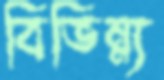
বিভিন্ন্য